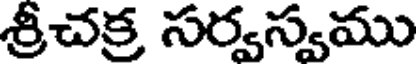
శ్రీచక్ర సర్వస్వము